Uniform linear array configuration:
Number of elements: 12
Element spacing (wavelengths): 0.25
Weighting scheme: binomial
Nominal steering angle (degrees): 60
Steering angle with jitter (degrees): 60.305
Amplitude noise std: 0.05
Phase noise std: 0.05

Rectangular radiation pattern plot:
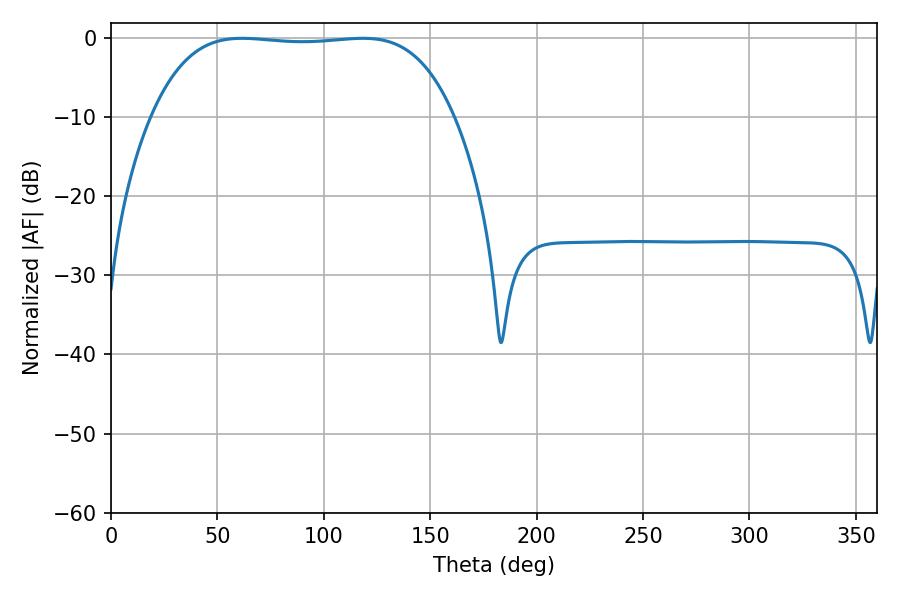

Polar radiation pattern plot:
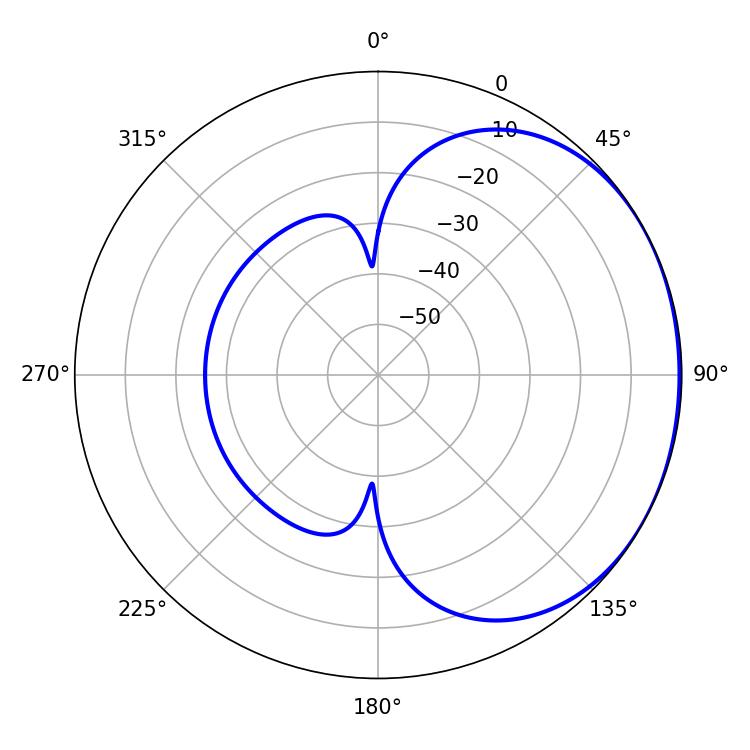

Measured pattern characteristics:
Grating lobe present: FALSE
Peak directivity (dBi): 1.05
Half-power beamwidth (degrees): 111.24
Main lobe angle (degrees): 61.56